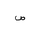
Letter: _sad